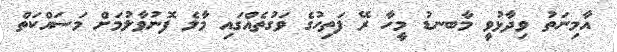
އާމިނަތު ވިދާޅުވީ މާބނޑު މީހާ ރޭ ފަތިހުގެ ވަގުތެއްގައި މާލެ ފޮނުވާލުމަށް މަސައްކަތް